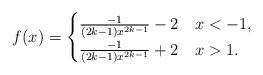
LaTeX: \begin{align*}f(x) = \begin{cases}\frac{-1}{(2k-1)x^{2k-1}}-2& x < -1,\\\frac{-1}{(2k-1)x^{2k-1}}+2& x > 1.\\\end{cases}\end{align*}